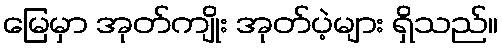
မြေမှာ အုတ်ကျိုး အုတ်ပဲ့များ ရှိသည်။